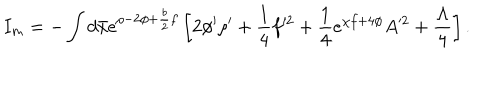
I _ { m } = - \int d \bar { x } e ^ { \rho - 2 \phi + \frac { b } { 2 } f } \left[ 2 \phi ^ { \prime } \rho ^ { \prime } + \frac { 1 } { 4 } f ^ { \prime 2 } + \frac { 1 } { 4 } e ^ { \chi f + 4 \phi } A ^ { \prime 2 } + \frac { \Lambda } { 4 } \right] .